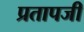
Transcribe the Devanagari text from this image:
प्रतापजी